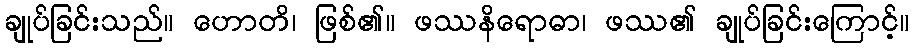
ချုပ်ခြင်းသည်။ ဟောတိ၊ ဖြစ်၏။ ဖဿနိရောဓာ၊ ဖဿ၏ ချုပ်ခြင်းကြောင့်။